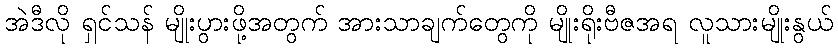
အဲဒီလို ရှင်သန် မျိုးပွားဖို့အတွက် အားသာချက်တွေကို မျိုးရိုးဗီဇအရ လူသားမျိုးနွယ်